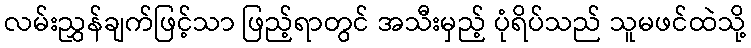
လမ်းညွှန်ချက်ဖြင့်သာ ဖြည့်ရာတွင် အသီးမှည့် ပုံရိပ်သည် သူမဖင်ထဲသို့